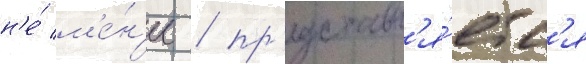
н'е́ м'е́н'ее / пр'едставл'я́етс'я